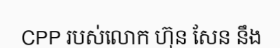
CPP របស់លោក ហ៊ុន សែន នឹង